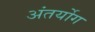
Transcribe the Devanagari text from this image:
अंतर्योग